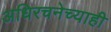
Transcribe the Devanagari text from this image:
अधिरचनेच्याही